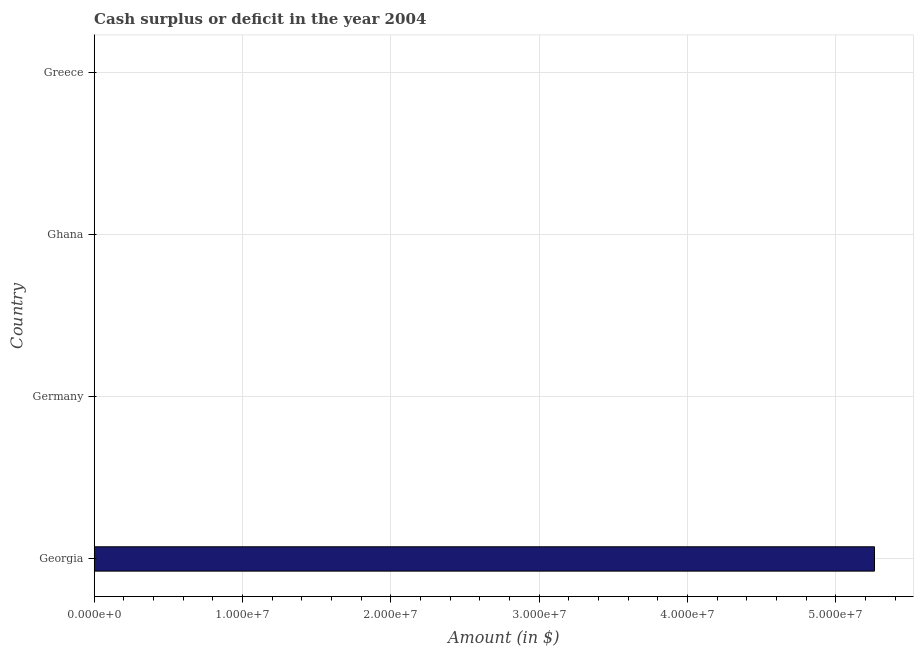
| Country | Cash surplus or deficit |
 | --- | --- |
 | Georgia | 5.26e+07 |
 | Germany | -5.22e+10 |
 | Ghana | -1.09e+08 |
 | Greece | -1.35e+10 |